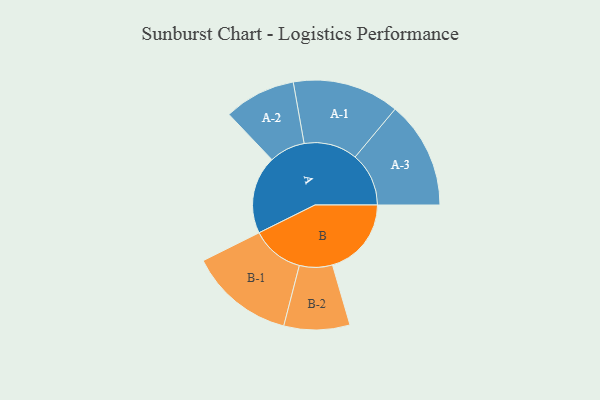
{"axis": {"x": "Segment", "y": "Value"}, "legend": ["", "A", "B"], "data": [{"x": "A", "y": 346, "type": ""}, {"x": "B", "y": 350, "type": ""}, {"x": "A-1", "y": 237, "type": "A"}, {"x": "A-2", "y": 159, "type": "A"}, {"x": "A-3", "y": 238, "type": "A"}, {"x": "B-1", "y": 233, "type": "B"}, {"x": "B-2", "y": 146, "type": "B"}]}